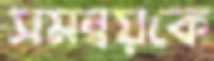
সমন্বয়কে